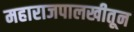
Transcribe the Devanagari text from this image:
महाराजपालखीतून